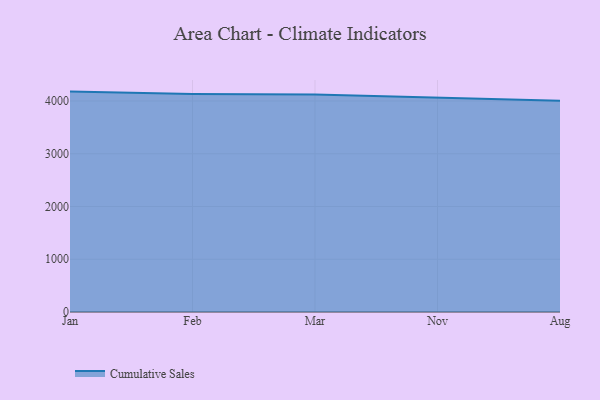
{"axis": {"x": "Month", "y": "Inventory Turnover"}, "legend": ["Cumulative Sales"], "data": [{"x": "Jan", "y": 4178.4, "type": "Cumulative Sales"}, {"x": "Feb", "y": 4132.9, "type": "Cumulative Sales"}, {"x": "Mar", "y": 4122.2, "type": "Cumulative Sales"}, {"x": "Nov", "y": 4065.2, "type": "Cumulative Sales"}, {"x": "Aug", "y": 4007.0, "type": "Cumulative Sales"}]}